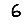
Digit: 6